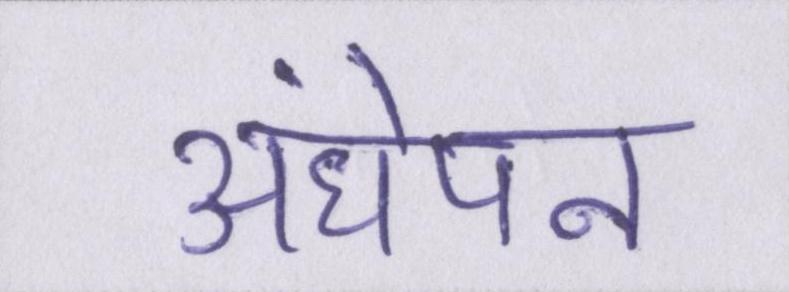
अंधेपन